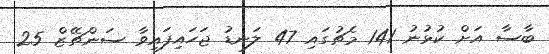
ބާސާ އަށް ކުޅުނު 141 މެޗުގައި 47 ލަނޑު ޖަހައިފައިވާ ސަންޗޭޒް 25